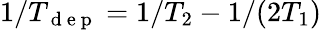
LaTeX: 1/T_{\mathrm{~d~e~p~}}=1/T_{2}-1/(2T_{1})